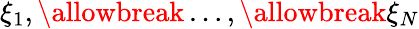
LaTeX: \xi_{1},\allowbreak\dots,\allowbreak\xi_{N}